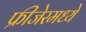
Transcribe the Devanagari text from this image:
फ्रीजेरमध्ये